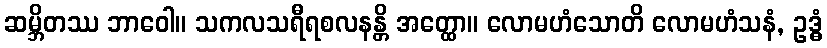
ဆမ္ဘိတဿ ဘာဝေါ။ သကလသရီရစလနန္တိ အတ္ထော။ လောမဟံသောတိ လောမဟံသနံ, ဥဒ္ဓံ